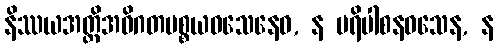
နိဿယအတ္ထိအဝိဂတပစ္စယဝသေနေဝ, န ပရိပါစနဝသေန, န